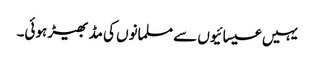
یہیں عیسائیوں سے مسلمانوں کی مڈ بھیڑ ہوئی۔